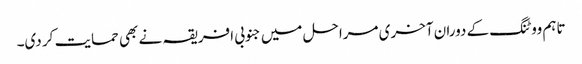
تاہم ووٹنگ کے دوران آخری مراحل میں جنوبی افریقہ نے بھی حمایت کر دی۔